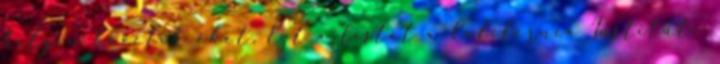
helyen követik őket. Ezt a listát a California Institute